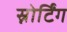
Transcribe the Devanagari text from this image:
स्नोर्टिंग